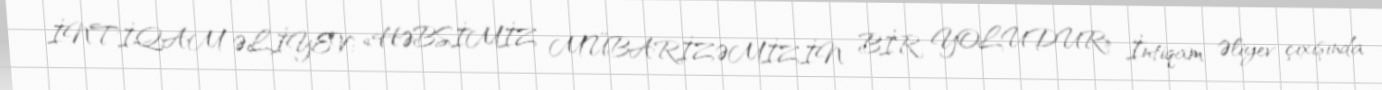
İNTİQAM ƏLİYEV: «HƏBSİMİZ MÜBARİZƏMİZİN BİR YOLUDUR» İntiqam Əliyev çıxışında